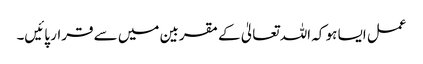
عمل ایسا ہو کہ اللہ تعالیٰ کے مقربین میں سے قرار پائیں۔